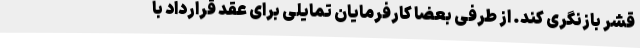
قشر بازنگری کند. از طرفی بعضا کارفرمایان تمایلی برای عقد قرارداد با